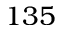
1 3 5